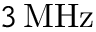
3 \, \mathrm { M H z }